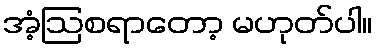
အံ့ဩစရာတော့ မဟုတ်ပါ။